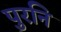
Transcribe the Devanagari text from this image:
पुरनि